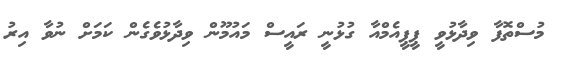
މުސްތޮފާ ވިދާޅުވީ ޕީޕީއެމްއާ ގުޅުނީ ރައީސް މައުމޫން ވިދާޅުވެގެން ކަމަށް ނުވާ އިރު